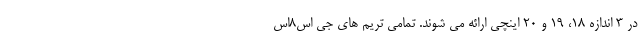
در 3 اندازه 18، 19 و 20 اینچی ارائه می شوند. تمامی تریم های جی اس8اس